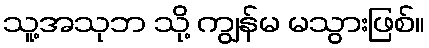
သူ့အသုဘ သို့ ကျွန်မ မသွားဖြစ်။